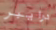
درايبر